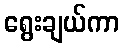
ရွေးချယ်ကာ